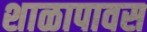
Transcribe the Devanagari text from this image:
शाळापावस